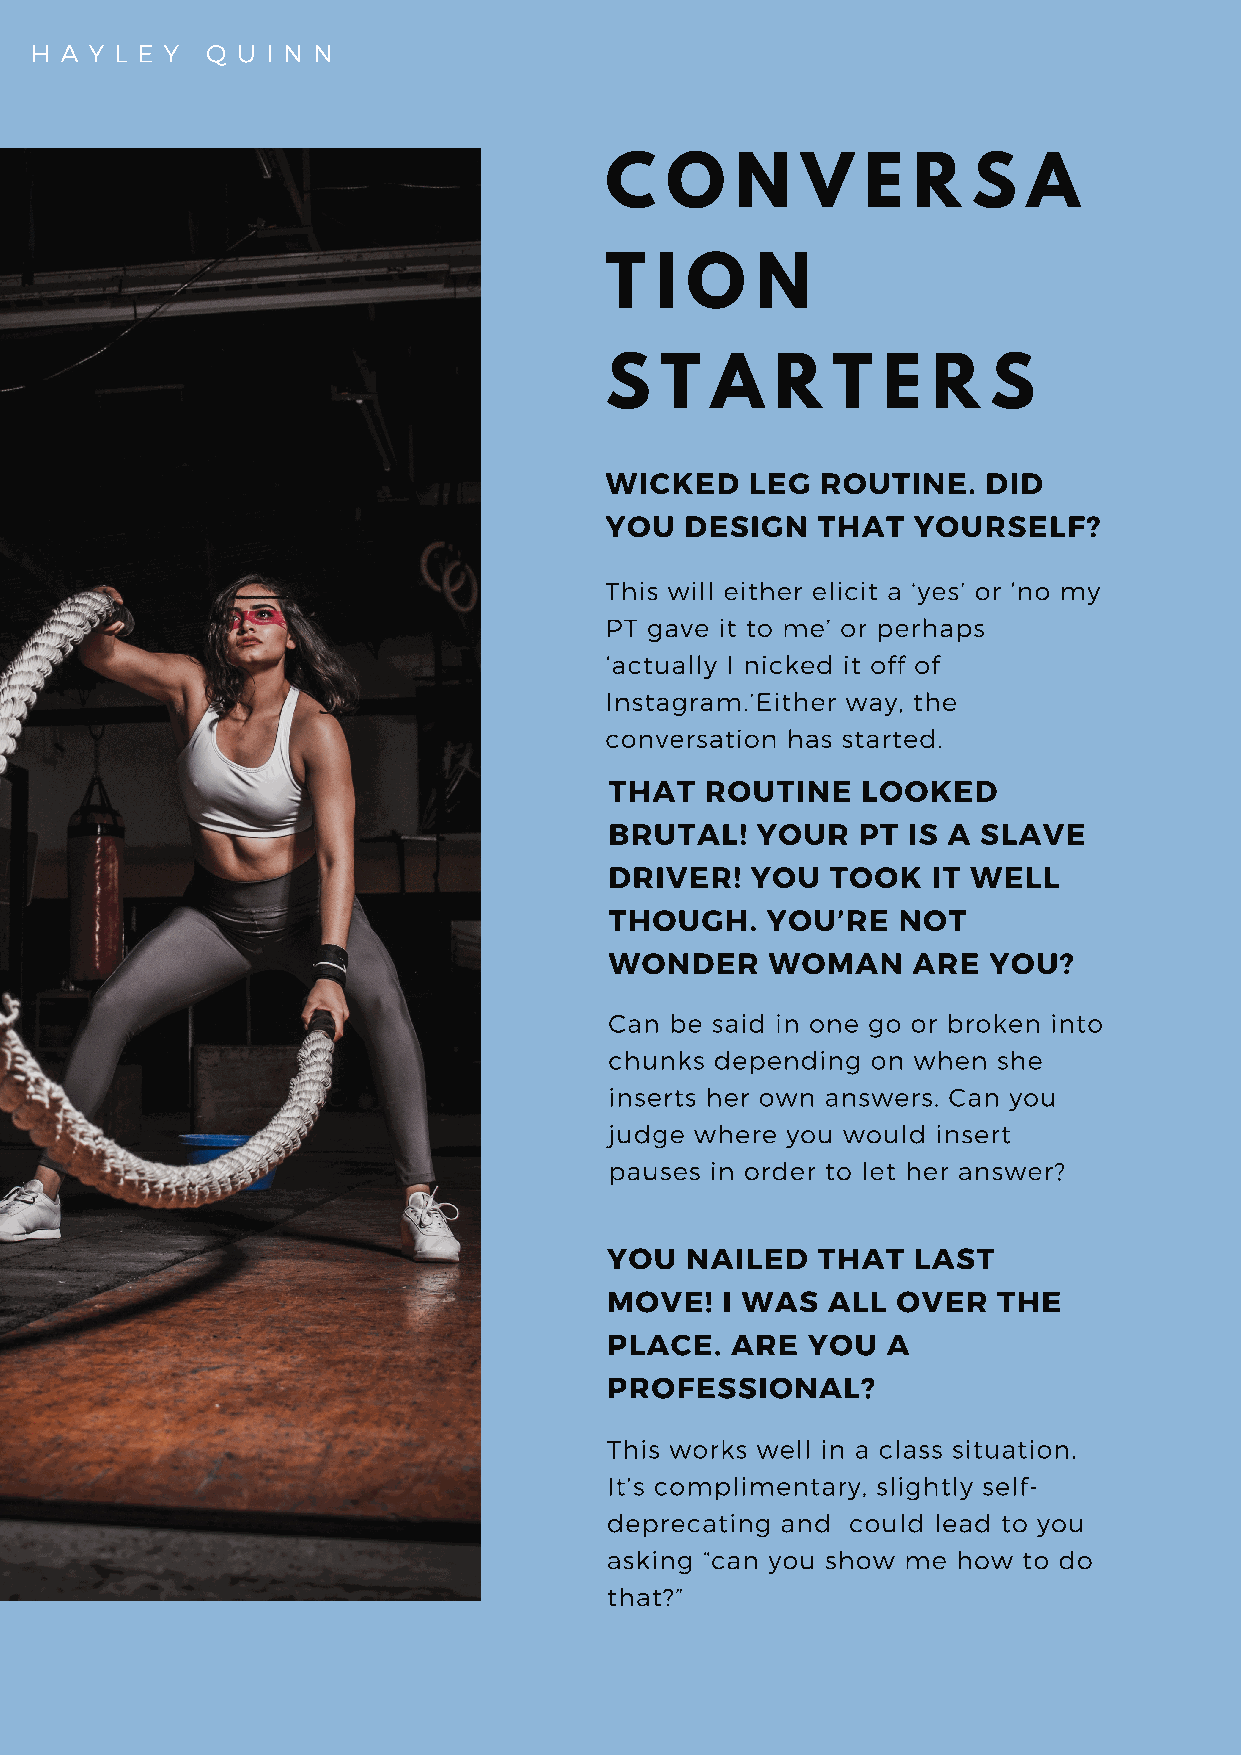
H A Y L E Y Q U I N N
 C   O    N   V   E  R   S   A
 T  I O    N
 S   T  A   R   T  E   R   S
 WICKED    LEG ROUTINE.   DID
 YOU  DESIGN   THAT  YOURSELF?
 This will either elicit a ‘yes’ or ‘no my
 PT gave it to me’ or perhaps
 ‘actually I nicked it off of
 Instagram.’Either way, the
 conversation has started.
 THAT   ROUTINE   LOOKED
 BRUTAL!   YOUR   PT IS A SLAVE
 DRIVER!   YOU  TOOK   IT WELL
 THOUGH.    YOU’RE  NOT
 WONDER     WOMAN    ARE  YOU?
 Can be said in one go or broken into
 chunks depending  on when she
 inserts her own answers. Can you
 judge where you would insert
 pauses in order to let her answer?
 YOU  NAILED   THAT  LAST
 MOVE!   I WAS  ALL OVER   THE
 PLACE.  ARE  YOU   A
 PROFESSIONAL?
 This works well in a class situation.
 It’s complimentary, slightly self-
 deprecating and could lead to you
 asking “can you show me how to do
 that?”